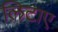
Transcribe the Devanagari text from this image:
लिटाए